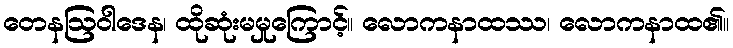
တေနဩဝါဒေန၊ ထိုဆုံးမမှုကြောင့်။ လောကနာထဿ၊ လောကနာထ၏။